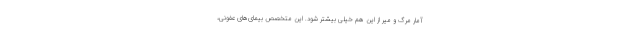
آمار مرگ و میر از این هم خیلی بیشتر شود. این متخصص بیمای‌های عفونی،